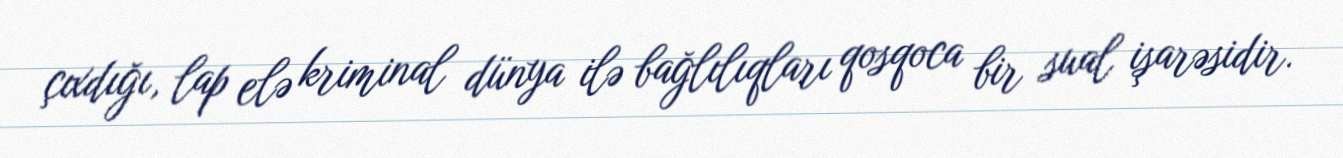
çıxdığı, lap elə kriminal dünya ilə bağlılıqları qosqoca bir sual işarəsidir.